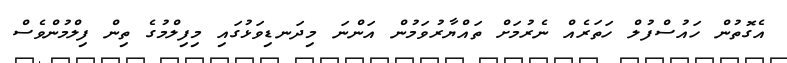
އެގޮތުން ހައުސްފުލް ހަތަރެއް ނެރުމަށް ތައްޔާރުވަމުން އަންނަ މިދަނޑިވަޅުގައި މިފިލްމުގެ ތިން ފިލްމުންވެސް